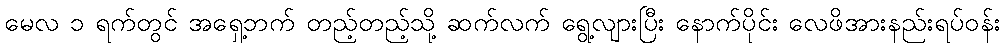
မေလ ၁ ရက်တွင် အရှေ့ဘက် တည့်တည့်သို့ ဆက်လက် ရွေ့လျားပြီး နောက်ပိုင်း လေဖိအားနည်းရပ်ဝန်း